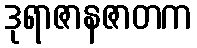
ဒုရာဇာနဇာတက